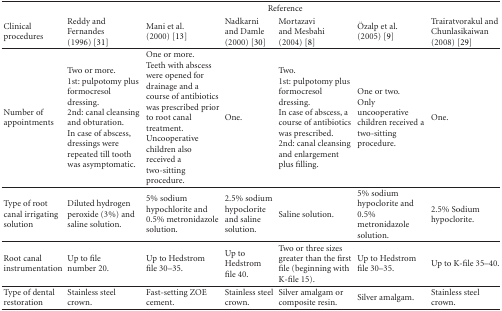
|  | <COLSPAN=6> Reference |
 | Clinical procedures | Reddy and Fernandes (1996) [31] | Mani et al. (2000) [13] | Nadkarni and Damle (2000) [30] | Mortazavi and Mesbahi (2004) [8] | Özalp et al. (2005) [9] | Trairatvorakul and Chunlasikaiwan (2008) [29] |
 | --- | --- | --- | --- | --- | --- | --- |
 | Number of appointments | Two or more.1st: pulpotomy plus formocresol dressing. 2nd: canal cleansing and obturation.In case of abscess, dressings were repeated till tooth was asymptomatic. | One or more.Teeth with abscess were opened for drainage and a course of antibiotics was prescribed prior to root canal treatment. Uncooperative children also received a two-sitting procedure. | One. | Two. 1st: pulpotomy plus formocresol dressing. In case of abscess, a course of antibiotics was prescribed. 2nd: canal cleansing and enlargement plus filling. | One or two. Only uncooperative children received a two-sitting procedure. | One. |
 | Type of root canal irrigating solution | Diluted hydrogen peroxide (3%) and saline solution. | 5% sodium hypochlorite and 0.5% metronidazole solution. | 2.5% sodium hypoclorite and saline solution. | Saline solution. | 5% sodium hypoclorite and 0.5% metronidazole solution. | 2.5% Sodium hypoclorite. |
 | Root canal instrumentation | Up to file number 20. | Up to Hedstrom file 30–35. | Up to Hedstrom file 40. | Two or three sizes greater than the first file (beginning with K-file 15). | Up to Hedstrom file 30–35. | Up to K-file 35–40. |
 | Type of dental restoration | Stainless steel crown. | Fast-setting ZOE cement. | Stainless steel crown. | Silver amalgam or composite resin. | Silver amalgam. | Stainless steel crown. |